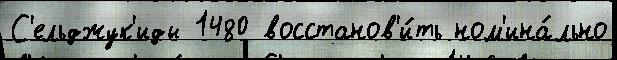
С'ельджук'иды 1480 восстанов'и́ть ном'ина́льно